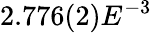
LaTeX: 2.776(2)E^{-3}